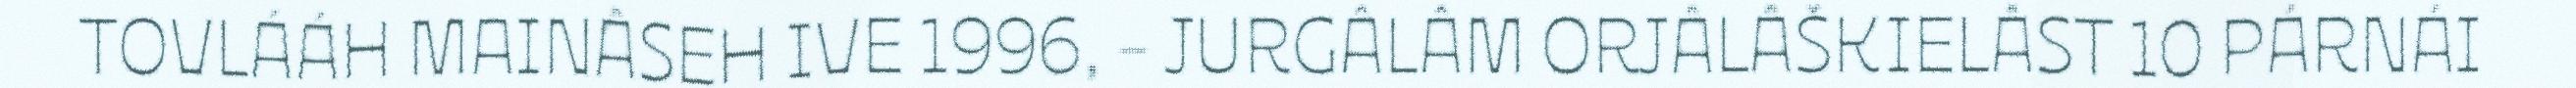
TOVLÁÁH MAINÂSEH IVE 1996, - JURGÂLÂM ORJÂLÂŠKIELÂST 10 PÁRNÁI